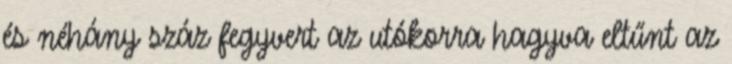
és néhány száz fegyvert az utókorra hagyva eltűnt az